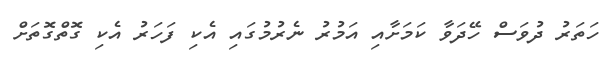
ހަތަރު ދުވަސް ހޭދަވާ ކަމަށާއި އަމުރު ނެރުމުގައި އެކި ފަހަރު އެކި ގޮތްގޮތަށް